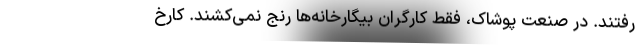
رفتند. در صنعت پوشاک، فقط کارگران بیگارخانه‌ها رنج نمی‌کشند. کارخ